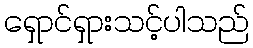
ရှောင်ရှားသင့်ပါသည်